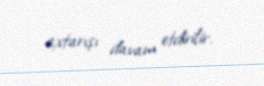
axtarışı davam etdirilir.